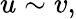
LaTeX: u\sim v,